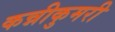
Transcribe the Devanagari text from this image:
कन्नीकुमरी